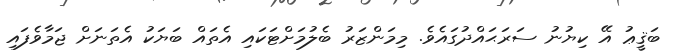
ބަޤީޢު އޭ ކިޔުނު ސަރަޙައްދުގައެވެ. މިމަންޒަރު ބެލުމަށްޓަކައި އެތައް ބަޔަކު އެތަނަށް ޖަމާވެފައި